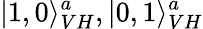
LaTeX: |1,0\rangle_{VH}^{a},|0,1\rangle_{VH}^{a}